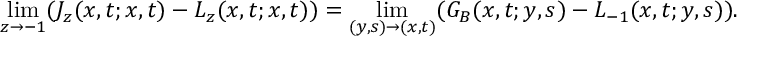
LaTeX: \operatorname * { l i m } _ { z \rightarrow - 1 } ( J _ { z } ( x , t ; x , t ) - L _ { z } ( x , t ; x , t ) ) = \operatorname * { l i m } _ { ( y , s ) \rightarrow ( x , t ) } ( G _ { B } ( x , t ; y , s ) - L _ { - 1 } ( x , t ; y , s ) ) . \,